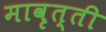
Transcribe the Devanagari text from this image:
मावृत्ती